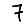
Digit: 7